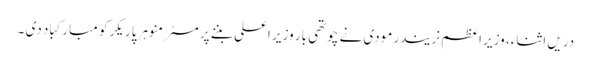
دریں اثناء، وزیر اعظم نریندر مودی نے چوتھی بار وزیر اعلی بننے پر مسٹر منوہر پاریکر کو مبارکباد دی ۔